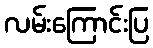
လမ်းကြောင်းပြ